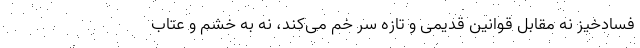
فسادخیز نه مقابل قوانین قدیمی و تازه سر خم می‌کند، نه به خشم و عتاب